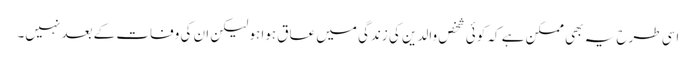
اسی طرح یہ بھی ممکن ہے کہ کوئی شخص والدین کی زندگی میں عاق ہوا ہو لیکن ان کی وفات کے بعد نہیں۔